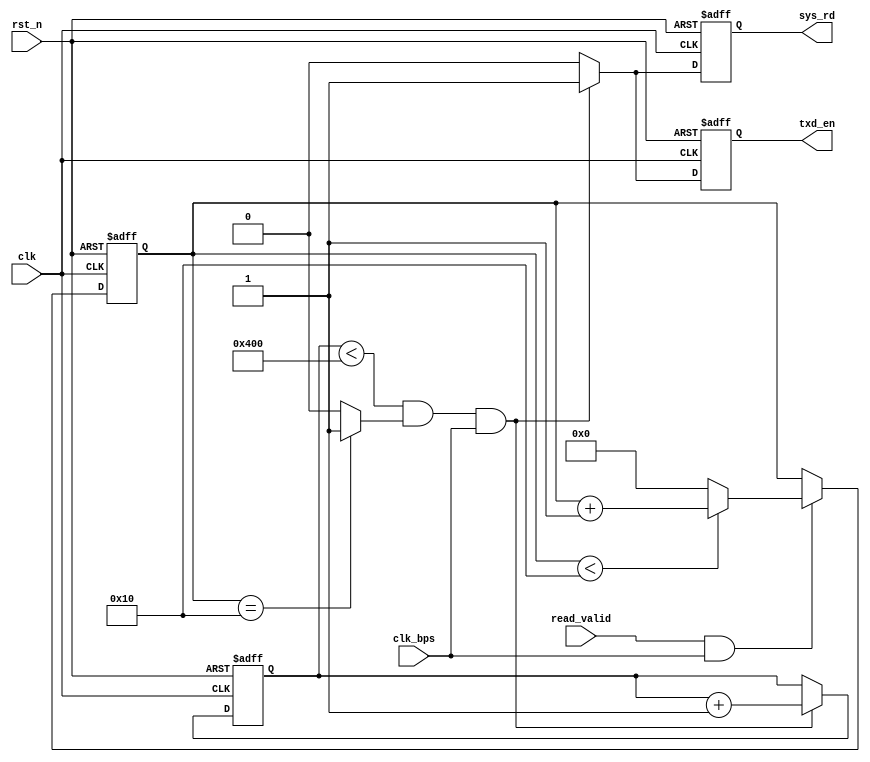
/*-------------------------------------------------------------------------
This confidential and proprietary software may be only used as authorized
by a licensing agreement from CrazyBingo.
(C) COPYRIGHT 2012 CrazyBingo. ALL RIGHTS RESERVED
Filename			:		data_readstream.v
Author				:		CrazyBingo
Data				:		2012-3-13
Version				:		1.0
Description			:		led test for sram2fifo design.
Modification History	:
Data			By			Version			Change Description
===========================================================================
12/03/13		CrazyBingo	1.0				Original
--------------------------------------------------------------------------*/
`timescale 1ns/1ns
module data_readstream
(
	input	clk,
	input	rst_n,
	
	input	clk_bps,
	input	read_valid,
	
	output	reg	txd_en,
	output	reg	sys_rd
);

//localparam	DELAY_CNT	=	5'd4;
//localparam	DATA_CNT	=	19'd64;
localparam	DELAY_CNT	=	5'd16;
localparam	DATA_CNT	=	22'd1024;//{1'b1,2'b00,20'b0};	//19'd4096;

//------------------------------------------
//
reg	[4:0]	cnt;	//16
always@(posedge clk or negedge rst_n)
begin
	if(!rst_n)
		cnt <= 0;
	else if(read_valid & clk_bps)
		begin
		if(cnt < DELAY_CNT)
			cnt <= cnt + 1'b1;
		else
			cnt <= 0;
		end
	else
		cnt <= cnt;
end
wire delay_16 = (cnt == DELAY_CNT) ? 1'b1 : 1'b0;

//--------------------------
//
reg	[22:0]	dcnt;
always@(posedge clk or negedge rst_n)
begin
	if(!rst_n)
		begin
		dcnt <= 0;
		sys_rd <= 0;
		txd_en <= 0;
		end
	else if(dcnt < DATA_CNT && delay_16 == 1'b1 && clk_bps == 1'b1)
		begin
		dcnt  <= dcnt + 1'b1;
		sys_rd <= 1'b1;
		txd_en <= 1'b1;
		end
	else
		begin
		dcnt <= dcnt;
		sys_rd <= 1'b0;
		txd_en <= 1'b0;
		end
end

endmodule